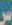
س